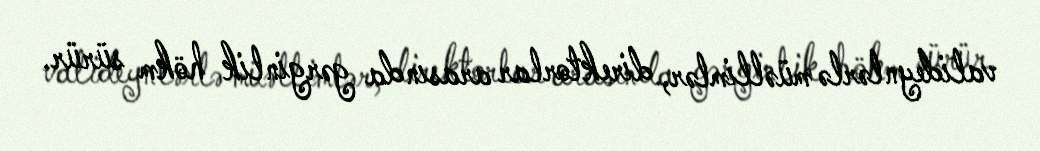
valideynlərlə müəllimlər, direktorlar arasında gərginlik hökm sürür.